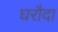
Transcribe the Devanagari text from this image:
घरौदा